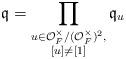
LaTeX: \begin{align*}\mathfrak{q} = \prod_{\substack{u\in \mathcal{O}_F^{\times}/(\mathcal{O}_F^{\times})^2,\\ [u] \neq [1]}} \mathfrak{q}_u \end{align*}